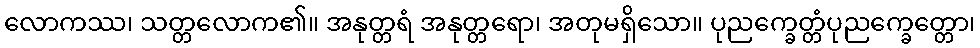
လောကဿ၊ သတ္တလောက၏။ အနုတ္တရံ အနုတ္တရော၊ အတုမရှိသော။ ပုညက္ခေတ္တံပုညက္ခေတ္တော၊